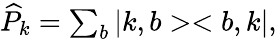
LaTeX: \begin{array}{r}{\widehat{P}_{k}=\sum_{b}|k,b><b,k|,}\end{array}